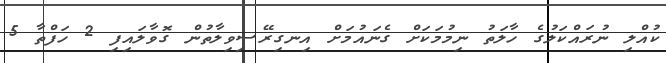
ކުއްލި ނުރައްކަލުގެ ހާލަތު ނިމުމަކަށް ގެނައުމަށް އިނގިރޭސިވިލާތުން ގޮވާލައިފި 2 ހަފްތާ 5